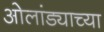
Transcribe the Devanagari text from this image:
ओलांड्याच्या